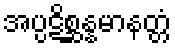
အပ္ပဋိစ္ဆန္နမာနတ္တံ